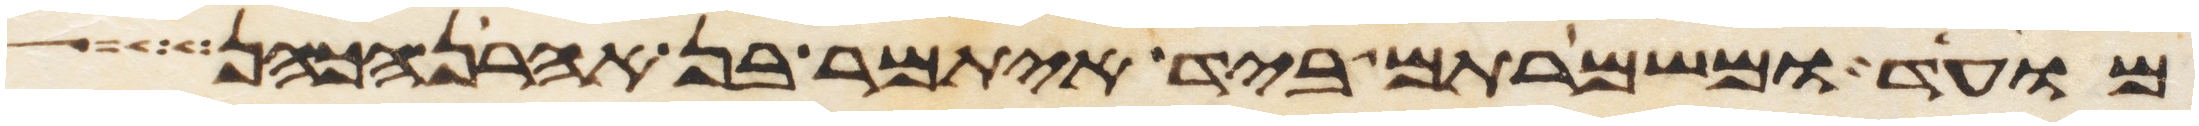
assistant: מועד ומשמרתם ביד איתמר בן אהרן הכהן